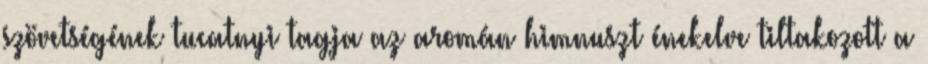
szövetségének tucatnyi tagja az aromán himnuszt énekelve tiltakozott a